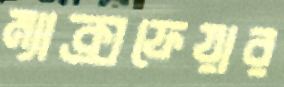
ম্যাক্সফেয়ার